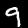
Digit: 9